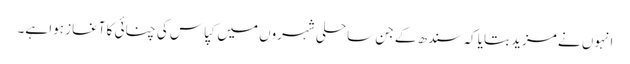
انہوں نے مزید بتایا کہ سندھ کے جن ساحلی شہروں میں کپاس کی چنائی کا آغاز ہوا ہے۔